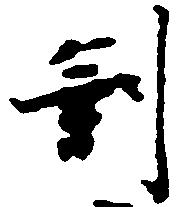
剰